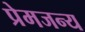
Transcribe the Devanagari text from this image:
प्रेमजन्य